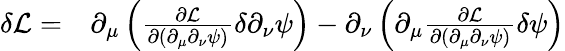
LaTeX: \begin{array}{rl}{\delta\mathcal L=}&{{}\partial_{\mu}\left(\frac{\partial\mathcal L}{\partial(\partial_{\mu}\partial_{\nu}\psi)}\delta\partial_{\nu}\psi\right)-\partial_{\nu}\left(\partial_{\mu}\frac{\partial\mathcal L}{\partial(\partial_{\mu}\partial_{\nu}\psi)}\delta\psi\right)}\end{array}